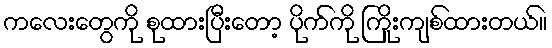
ကလေးတွေကို စုထားပြီးတော့ ပိုက်ကို ကြိုးကျစ်ထားတယ်။